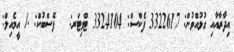
އިދާރާއާއި ގުޅުއްވުން: 3322617 ފެކްސް: 3324104 ޓްވިޓަރ: @ ފޭސްބުކް: ./ އީމެއިލް: